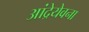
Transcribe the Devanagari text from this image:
आंद्रेयेवना